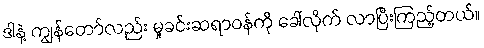
ဒါနဲ့ ကျွန်တော်လည်း မှုခင်းဆရာဝန်ကို ခေါ်လိုက် လာပြီးကြည့်တယ်။